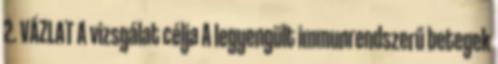
2. VÁZLAT A vizsgálat célja A legyengült immunrendszerű betegek